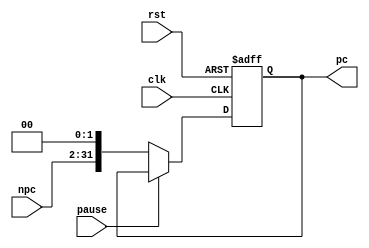
module PC(
    input wire rst,
    input wire clk,
    input wire pause,

    input wire [29: 0] npc,

    output reg [31: 0] pc
);

// reg fresh_inst;

always @(posedge rst or posedge clk) begin
    if(rst) begin
        pc <= 32'h0;
        // fresh_inst <= 1'b0;
    end else if(pause) begin
        pc <= pc;
        // fresh_inst <= 1'b0;
    end else begin
        pc <= {npc, 2'h0};
        // fresh_inst <= 1'b1;
    end
end

endmodule